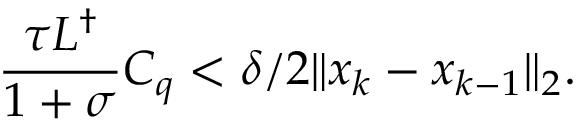
\frac { \tau L ^ { \dagger } } { 1 + \sigma } C _ { q } < \delta / 2 \| x _ { k } - x _ { k - 1 } \| _ { 2 } .